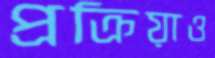
প্রক্রিয়াও